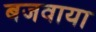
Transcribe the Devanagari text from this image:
बजवाया